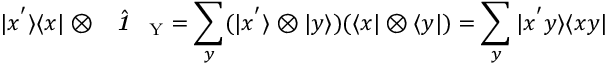
| x ^ { ' } \rangle \langle x | \otimes \hat { \textbf { \textit { 1 } } \, } _ { \! \mathrm { Y } } = \sum _ { y } ( | x ^ { ' } \rangle \otimes | y \rangle ) ( \langle x | \otimes \langle y | ) = \sum _ { y } | x ^ { ' } y \rangle \langle x y |